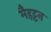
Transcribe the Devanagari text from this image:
मैहट्टन